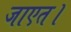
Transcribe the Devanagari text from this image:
जाएत।